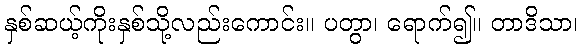
နှစ်ဆယ့်ကိုးနှစ်သို့လည်းကောင်း။ ပတွာ၊ ရောက်၍။ တာဒိသာ၊